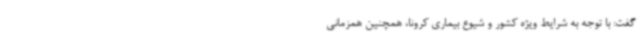
گفت: با توجه به شرایط ویژه کشور و شیوع بیماری کرونا، همچنین همزمانی